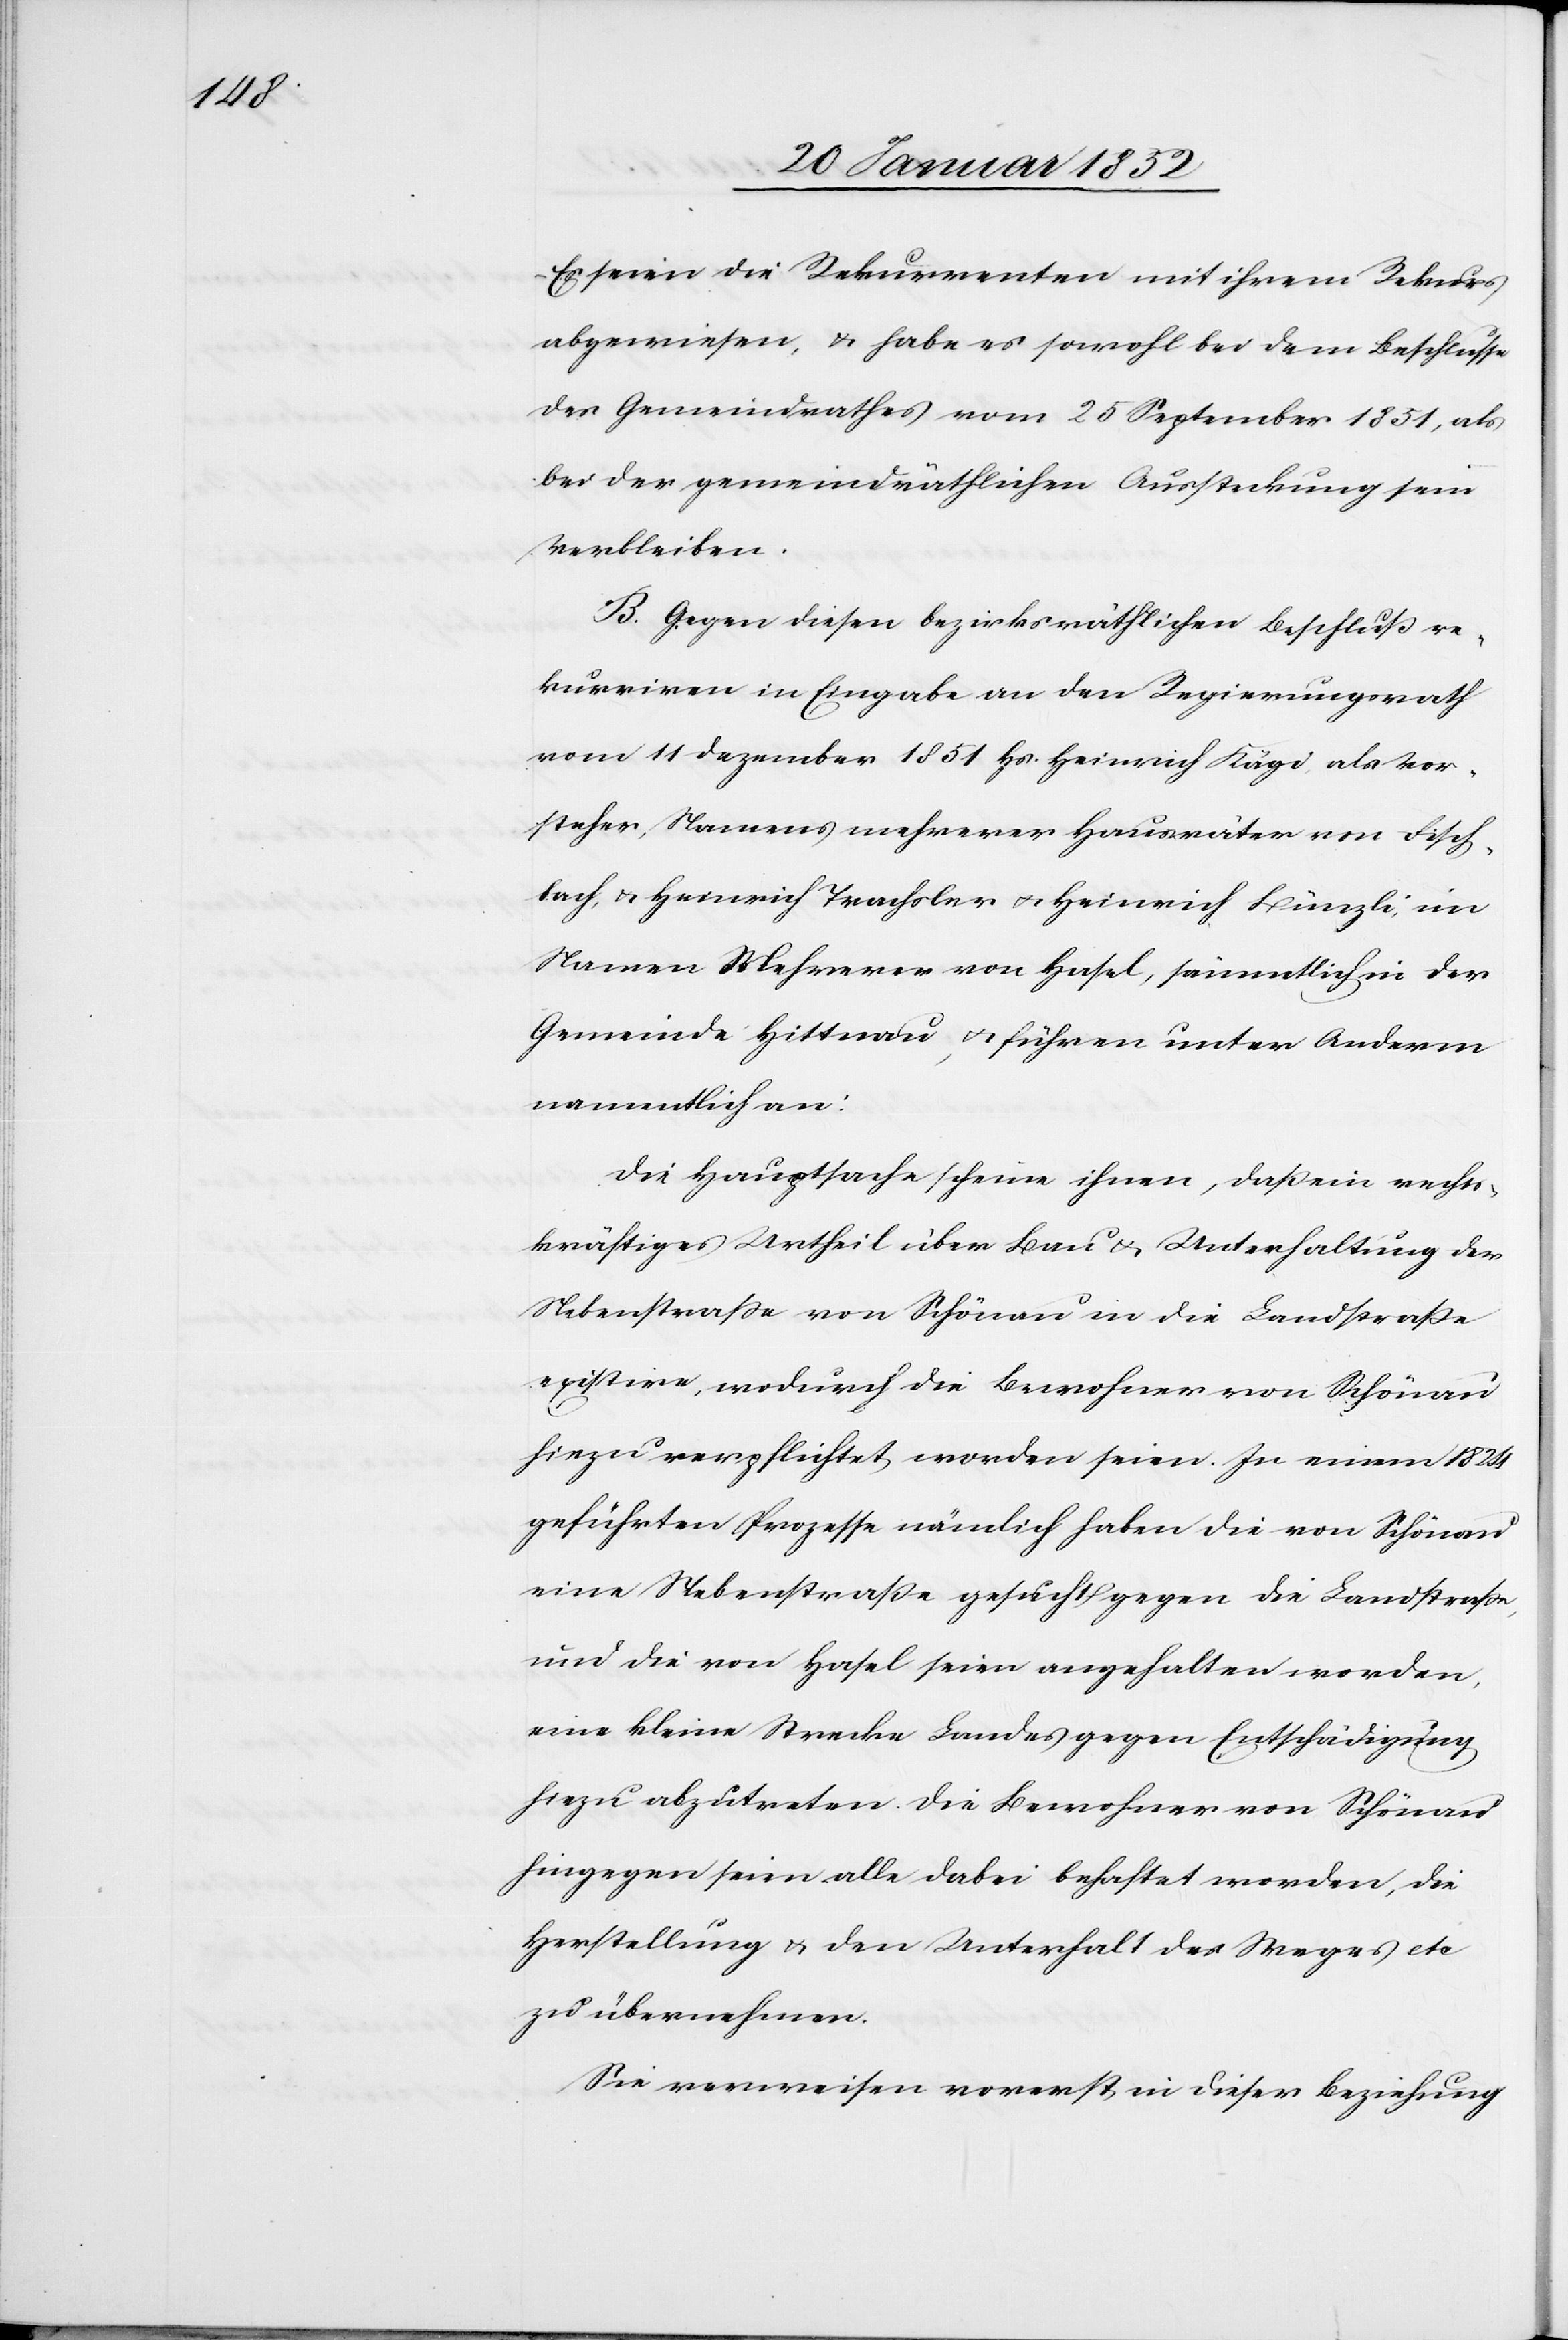
Es seien die Rekurrenten mit ihrem Rekurs
abgewiesen, u. habe es sowohl bei dem Beschlusse
des Gemeindrathes vom 25 September 1851, als
bei der gemeindräthlichen Aussteckung sein
Verbleiben.
B. Gegen diesen bezirksräthlichen Beschluß re¬
kurriren in Eingabe an den Regierungsrath
vom 11 Dezember 1851 Hs. Heinrich Kägi, als Vor¬
steher, Namens mehrerer Hausväter von Fisch¬
bach u. Heinrich Trachsler u. Heinrich Bünzli im
Namen Mehrerer von Hasel, heimatlich in der
Gemeinde Hittnau, u. führen unter Anderem
namentlich an:
Die Hauptsache scheine ihnen, daß ein rechts¬
kräftiges Urtheil über Bau u. Unterhaltung der
Nebenstraße von Schönau in die Landstraße
existire, wodurch die Bewohner von Schönau
hiezu verpflichtet worden seien. In einem 1824
geführten Prozesse nämlich haben die von Schönau
eine Nebenstraße gesucht gegen die Landstraße,
und die von Hasel seien angehalten worden,
eine kleine Strecke Landes gegen Entschädigung
hiezu abzutreten. Die Bewohner von Schönau
hingegen seien alle dabei behaftet worden, die
Herstellung u. den Unterhalt des Weges etc
zu übernehmen.
Sie verweisen vorerst in dieser Beziehung